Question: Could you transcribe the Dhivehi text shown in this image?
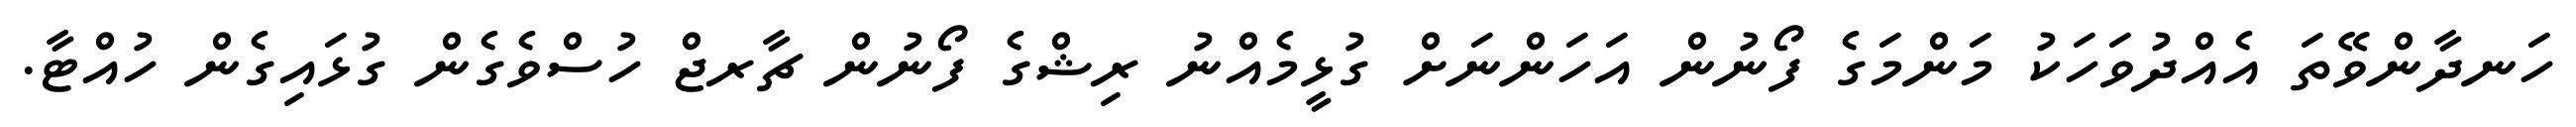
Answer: ހަނދާންވޭތަ އެއްދުވަހަކު މަންމަގެ ފޯނުން އަހަންނަށް ގުޅީމެއްނު ރިޝްގެ ފޯނުން ޗާރޖް ހުސްވެގެން ގުޅައިގެން ހުއްޓާ.